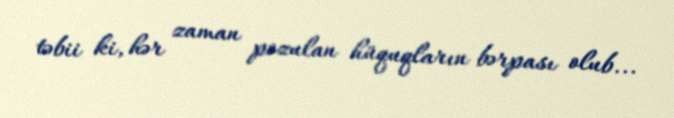
təbii ki, hər zaman pozulan hüquqların bərpası olub...